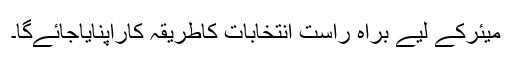
میئرکے لیے براہ راست انتخابات کاطریقہ کاراپنایاجائےگا۔